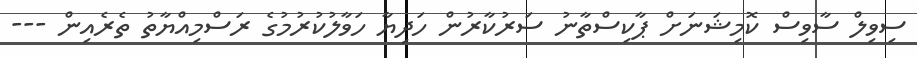
ސިވިލް ސާވިސް ކޮމިޝަނަށް ޕާކިސްތާނު ސަރުކާރުން ހަދިޔާ ހަވާލުކުރުމުގެ ރަސްމިއްޔާތު ތެރެއިން ---